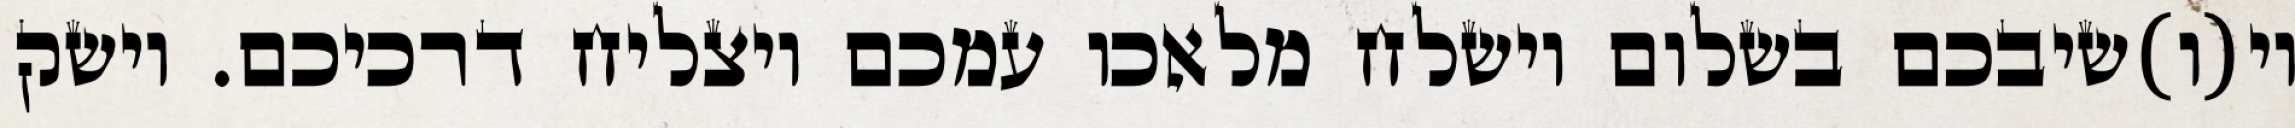
וי(ו)שיבכם בשלום וישלח מלאכו עמכם ויצליח דרכיכם. וישק